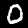
Digit: 0